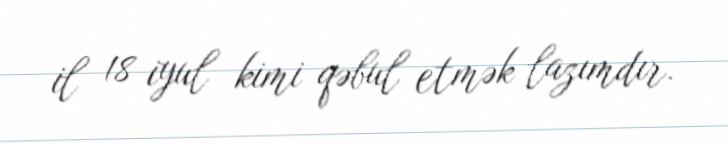
il 18 iyul kimi qəbul etmək lazımdır.